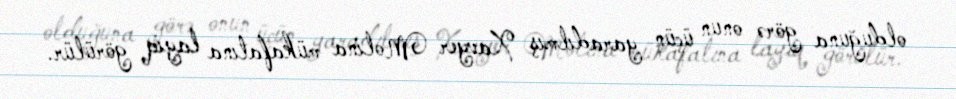
olduğuna görə onun üçün yaradılmış Xavyer Molina mükafatına layiq görülür.